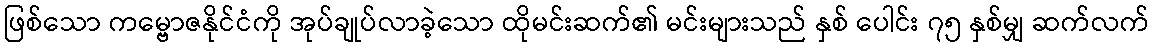
ဖြစ်သော ကမ္ဗောဇနိုင်ငံကို အုပ်ချုပ်လာခဲ့သော ထိုမင်းဆက်၏ မင်းများသည် နှစ် ပေါင်း ၇၅ နှစ်မျှ ဆက်လက်